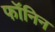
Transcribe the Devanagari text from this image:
फॉनिन